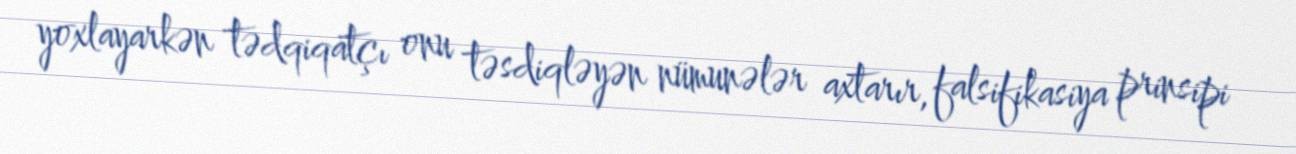
yoxlayarkən tədqiqatçı onu təsdiqləyən nümunələr axtarır, falsifikasiya prinsipi